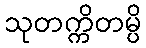
သုတက္ကိတမ္ပိ